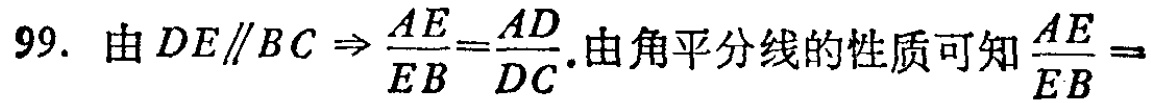
99. 由\(DE\parallel BC\Rightarrow \frac{AE}{EB}=\frac{AD}{DC}\).由角平分线的性质可知\(\frac{AE}{EB}=\)